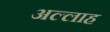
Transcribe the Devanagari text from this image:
अल्‍लाह